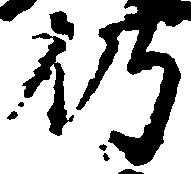
仍